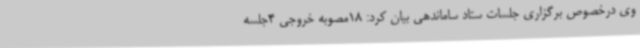
وی درخصوص برگزاری جلسات ستاد ساماندهی بیان کرد: 18مصوبه خروجی 4جلسه